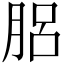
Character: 𦛗